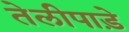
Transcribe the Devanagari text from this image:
तेलीपाड़े